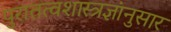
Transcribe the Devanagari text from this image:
पुरातत्वशास्त्रज्ञांनुसार